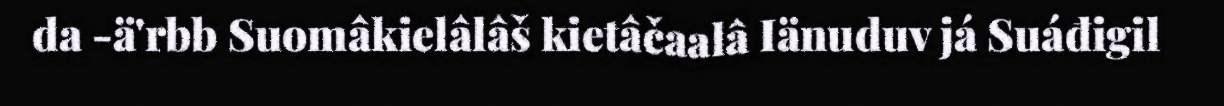
da -ä'rbb Suomâkielâlâš kietâčaalâ Iänuduv já Suáđigil